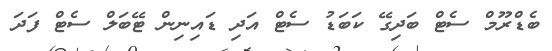
ބެޑްރޫމް ސެޓް ބަދިގޭ ކަބަޑު ސެޓް އަދި ޑައިނިން ޓޭބަލް ސެޓް ފަދަ